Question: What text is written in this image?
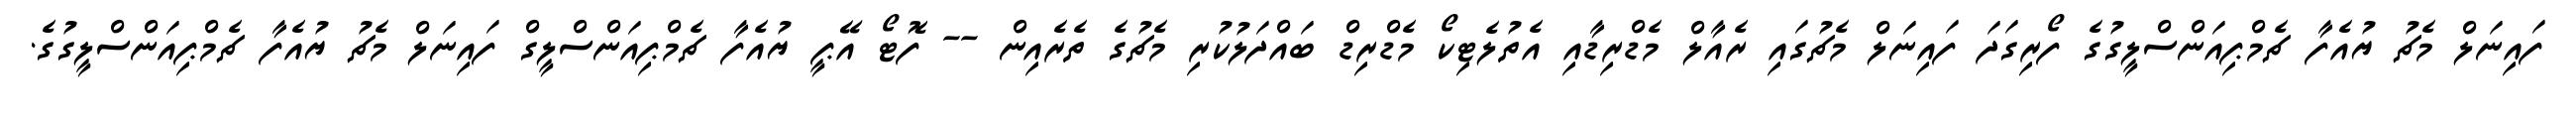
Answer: ފައިނަލް މެޗު ޔުއެފާ ޗެމްޕިއަންސްލީގުގެ ފޯރިގަދަ ފައިނަލް މެޗުގައި ރެއާލް މެޑްރިޑާއި އެތުލެޓިކޯ މެޑްރިޑް ބައްދަލުކުރި މެޗުގެ ތެރެއިން -- ފޮޓޯ އޭޕީ ޔުއެފާ ޗެމްޕިއަންސްލީގް ފައިނަލް މެޗު ޔުއެފާ ޗެމްޕިއަންސްލީގުގެ.